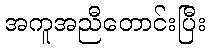
အကူအညီတောင်းပြီး